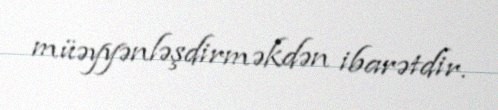
müəyyənləşdirməkdən ibarətdir.